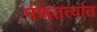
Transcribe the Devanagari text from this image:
पंचतत्वांत